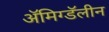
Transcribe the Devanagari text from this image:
ॲमिग्डॅलीन